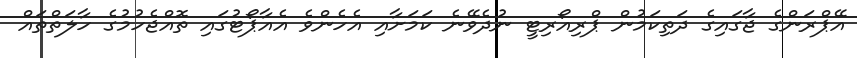
އޭޕްރަންގެ ޖާގައިގެ ދަތިކަމުން ޕްރިއޯރިޓީ ނުދެވޭނެ ކަމަށާއި އެހެންވެ އެއާޕޯޓުގައި ތޮއްޖެހުމުގެ ހާލަތްތައް